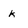
Character: k